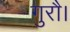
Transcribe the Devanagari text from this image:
गुरौ।